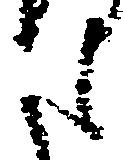
た